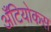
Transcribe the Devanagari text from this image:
अँटियोकस